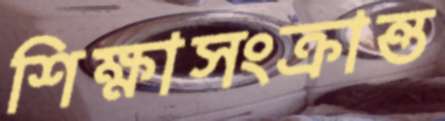
শিক্ষাসংক্রান্ত